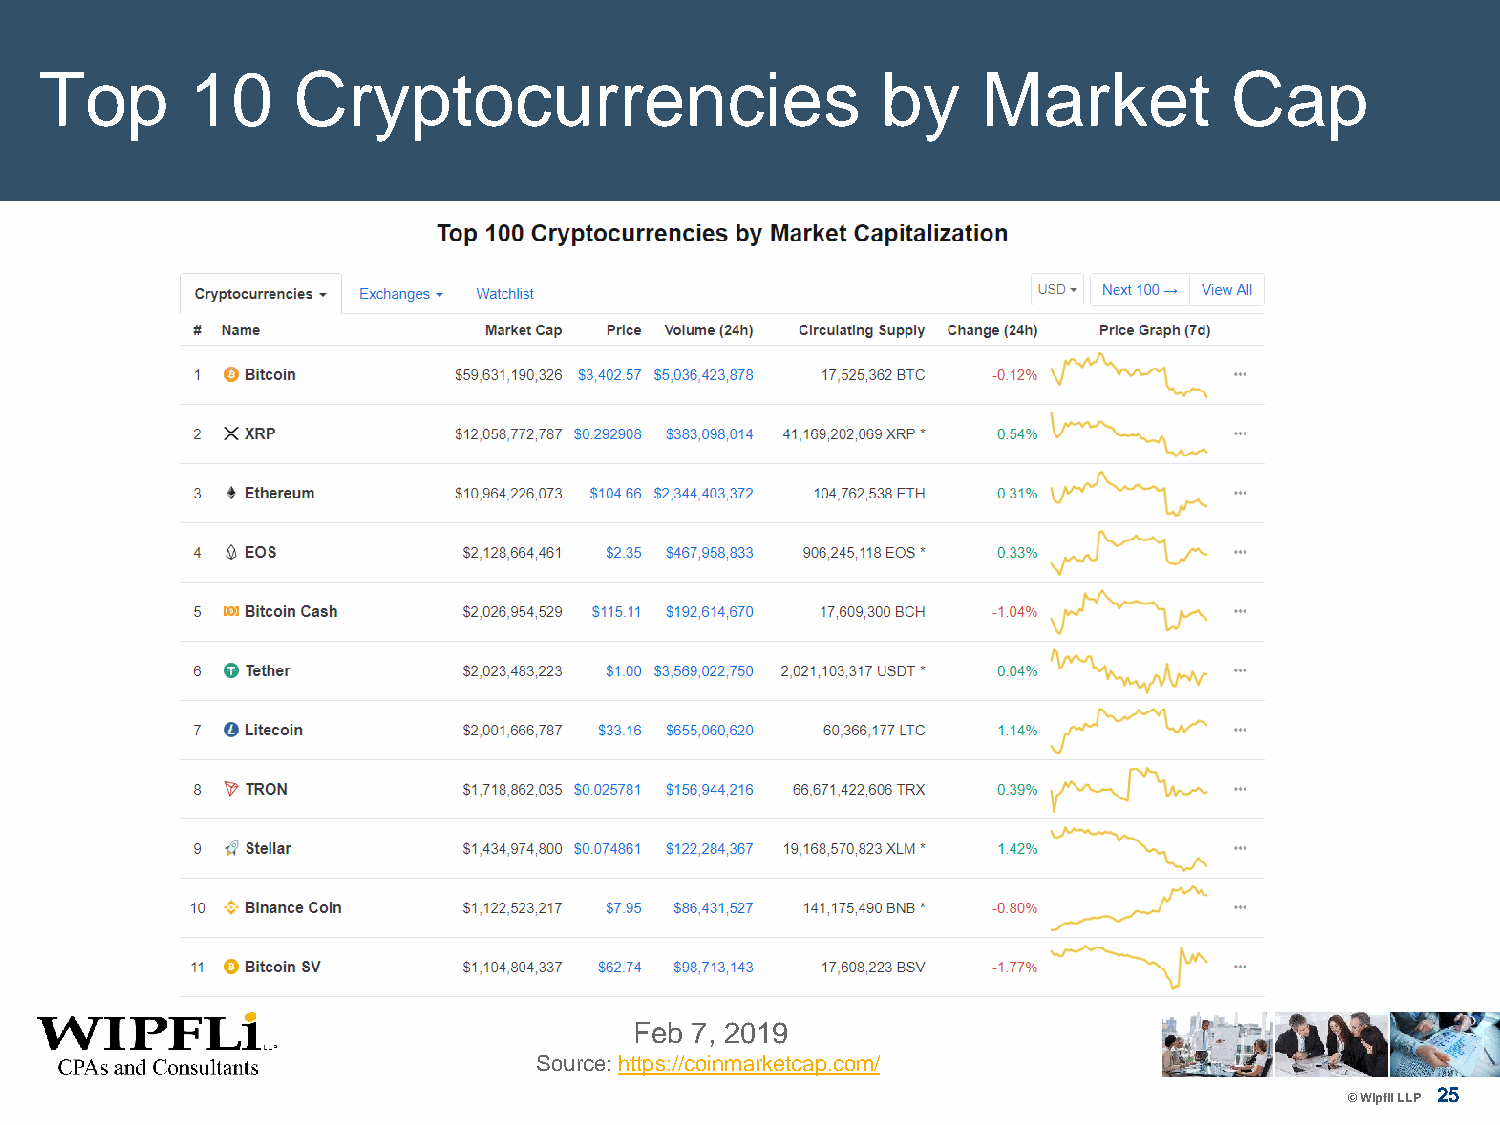
Top       10    Cryptocurrencies                       by     Market           Cap
 Feb 7, 2019
 Source: https://coinmarketcap.com/
 25
 © Wipfli LLP